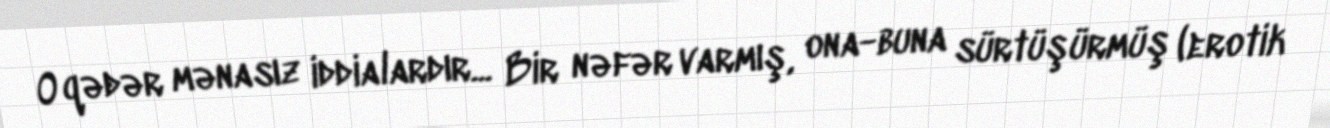
O qədər mənasız iddialardır... Bir nəfər varmış, ona-buna sürtüşürmüş (erotik